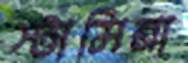
স্টামিনা